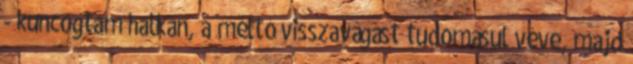
- kuncogtam halkan, a méltó visszavágást tudomásul véve, majd